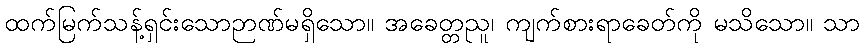
ထက်မြက်သန့်ရှင်းသောဉာဏ်မရှိသော။ အခေတ္တညူ၊ ကျက်စားရာခေတ်ကို မသိသော။ သာ